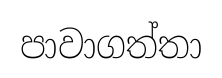
පාවාගත්තා